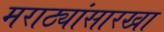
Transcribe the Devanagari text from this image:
मराठ्यांसारखा